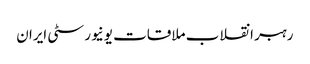
رہبر انقلاب ملاقات یونیورسٹی ایران